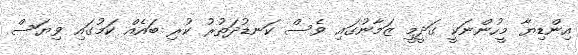
އިންޑިޔާ މީހުންނަކީ ގަދީމީ ޒަމާނުގައި ވެސް ކަނޑުދަތުރު ކުރި ބައެއް ކަމުގައި ވިޔަސް